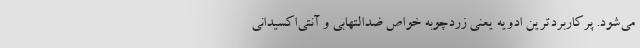
می‌شود. پرکاربردترین ادویه یعنی زردچوبه خواص ضدالتهابی و آنتی‌اکسیدانی